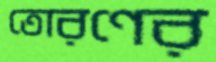
তোরণের